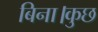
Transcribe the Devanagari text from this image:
बिना।कुछ